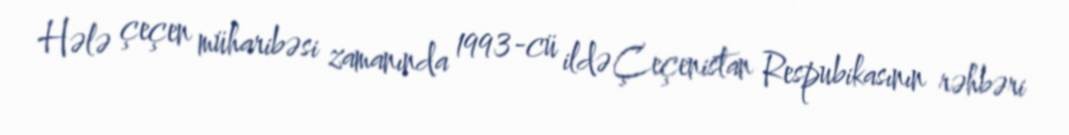
Hələ çeçen müharibəsi zamanında 1993-cü ildə Çeçenistan Respubikasının rəhbəri